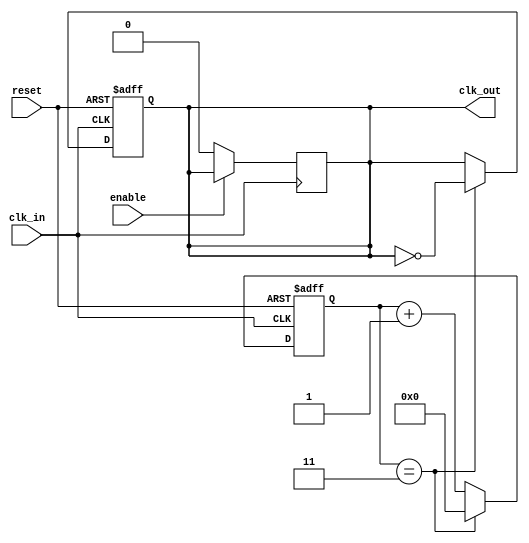
module clock_divider #(
    parameter N = 4  // Parameter for division factor, default value is 4
)(
    input wire clk_in,      // Input clock signal
    input wire reset,       // Reset signal
    input wire enable,      // Output enable signal
    output reg clk_out      // Output clock signal
);

    reg [31:0] counter;     // Counter to keep track of clock cycles

    // Always block for synchronous operation
    always @(posedge clk_in or posedge reset) begin
        if (reset) begin
            counter <= 0;    // Reset counter
            clk_out <= 0;    // Reset output clock
        end else begin
            if (counter == (N - 1)) begin
                clk_out <= ~clk_out; // Toggle output clock
                counter <= 0;         // Reset counter
            end else begin
                counter <= counter + 1; // Increment counter
            end
        end
    end

    // Optional output enable functionality
    always @(posedge clk_in) begin
        if (!enable) begin
            clk_out <= 0; // Disable output clock when enable is low
        end
    end

endmodule